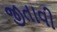
જીતાવી